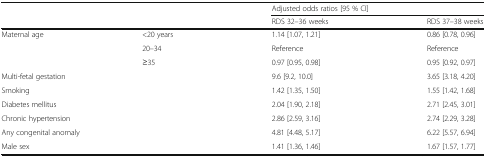
| <ROWSPAN=2-COLSPAN=2>  | <COLSPAN=2> Adjusted odds ratios [95 % CI] |
 | RDS 32–36 weeks | RDS 37–38 weeks |
 | --- | --- | --- | --- |
 | <ROWSPAN=3> Maternal age | <20 years | 1.14 [1.07, 1.21] | 0.86 [0.78, 0.96] |
 | 20–34 | Reference | Reference |
 | ≥35 | 0.97 [0.95, 0.98] | 0.95 [0.92, 0.97] |
 | <COLSPAN=2> Multi-fetal gestation | 9.6 [9.2, 10.0] | 3.65 [3.18, 4.20] |
 | <COLSPAN=2> Smoking | 1.42 [1.35, 1.50] | 1.55 [1.42, 1.68] |
 | <COLSPAN=2> Diabetes mellitus | 2.04 [1.90, 2.18] | 2.71 [2.45, 3.01] |
 | <COLSPAN=2> Chronic hypertension | 2.86 [2.59, 3.16] | 2.74 [2.29, 3.28] |
 | <COLSPAN=2> Any congenital anomaly | 4.81 [4.48, 5.17] | 6.22 [5.57, 6.94] |
 | <COLSPAN=2> Male sex | 1.41 [1.36, 1.46] | 1.67 [1.57, 1.77] |